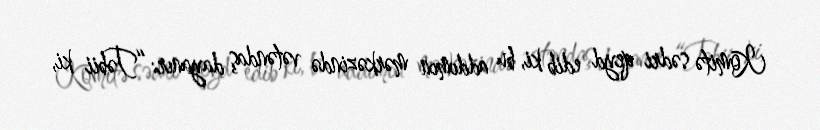
Komitə sədri qeyd edib ki, bu addımın mərkəzində vətəndaş dayanır: “Təbii ki,